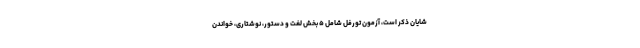
شایان ذکر است، آزمون تورفل شامل ۵ بخش لغت و دستور، نوشتاری، خواندن